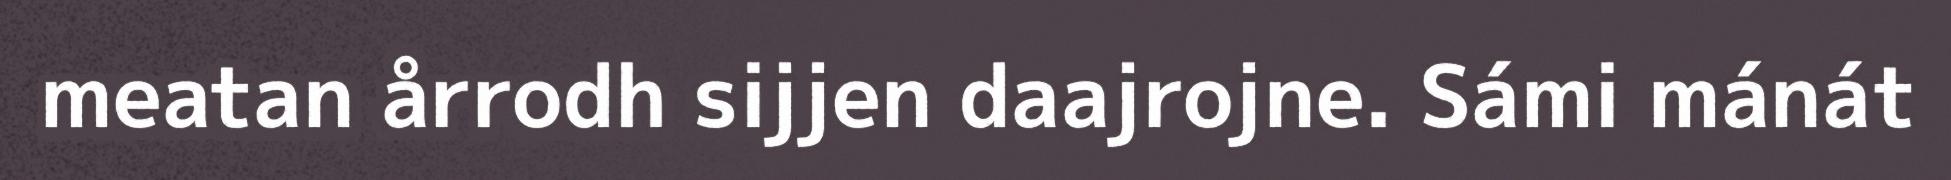
meatan årrodh sijjen daajrojne. Sámi mánát